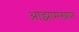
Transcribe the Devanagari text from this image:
आझामखान